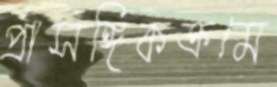
প্রাসঙ্গিকক্রমে